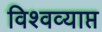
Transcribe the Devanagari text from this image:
विश्वव्याप्त